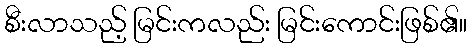
စီးလာသည့် မြင်းကလည်း မြင်းကောင်းဖြစ်၏။